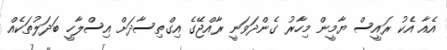
އެއާ އެކު ރައީސް ޔާމީން މިހާރު ގެންދަވަނީ ރާއްޖޭގެ އިގްތިސާދަށް އިސްލާހީ ބަދަލުތަކެއް